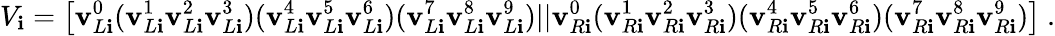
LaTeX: V_{\mathbf{i}}=\left[\mathbf{v}_{L\mathbf{i}}^{0}(\mathbf{v}_{L\mathbf{i}}^{1}\mathbf{v}_{L\mathbf{i}}^{2}\mathbf{v}_{L\mathbf{i}}^{3})(\mathbf{v}_{L\mathbf{i}}^{4}\mathbf{v}_{L\mathbf{i}}^{5}\mathbf{v}_{L\mathbf{i}}^{6})(\mathbf{v}_{L\mathbf{i}}^{7}\mathbf{v}_{L\mathbf{i}}^{8}\mathbf{v}_{L\mathbf{i}}^{9})||\mathbf{v}_{R\mathbf{i}}^{0}(\mathbf{v}_{R\mathbf{i}}^{1}\mathbf{v}_{R\mathbf{i}}^{2}\mathbf{v}_{R\mathbf{i}}^{3})(\mathbf{v}_{R\mathbf{i}}^{4}\mathbf{v}_{R\mathbf{i}}^{5}\mathbf{v}_{R\mathbf{i}}^{6})(\mathbf{v}_{R\mathbf{i}}^{7}\mathbf{v}_{R\mathbf{i}}^{8}\mathbf{v}_{R\mathbf{i}}^{9})\right]~.